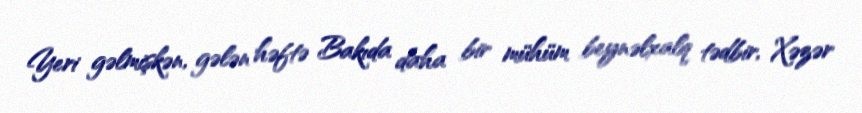
Yeri gəlmişkən, gələn həftə Bakıda daha bir mühüm beynəlxalq tədbir, Xəzər